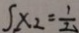
S x _ { 2 } = \frac { 1 } { 2 }